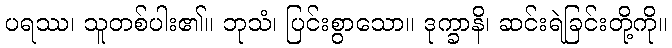
ပရဿ၊ သူတစ်ပါး၏။ ဘုသံ၊ ပြင်းစွာသော။ ဒုက္ခာနိ၊ ဆင်းရဲခြင်းတို့ကို။